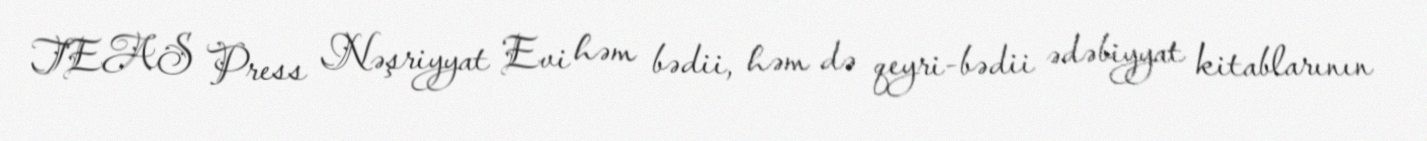
TEAS Press Nəşriyyat Evi həm bədii, həm də qeyri-bədii ədəbiyyat kitablarının